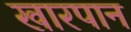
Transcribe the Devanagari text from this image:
खारपान